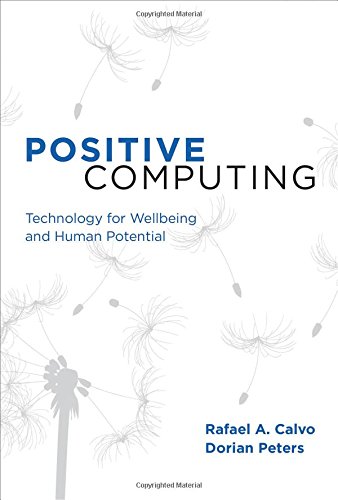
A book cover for Positive Computing: Technology for Wellbeing and Human Potential; Rafael A. Calvo; Computers & Technology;